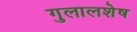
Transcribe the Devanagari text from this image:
गुलालशेष